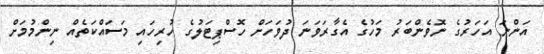
އަންނަ އަހަރުގެ ނޮވެންބަރު މަހުގެ އެގާރަވަނަ ދުވަހަށް ހޮސްޕިޓަލުގެ ހުރިހައި މަސައްކަތެއް ނިންމުމަށް